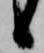
候